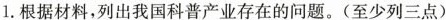
1.根据材料，列出我国科普产业存在的问题。(至少列三点)